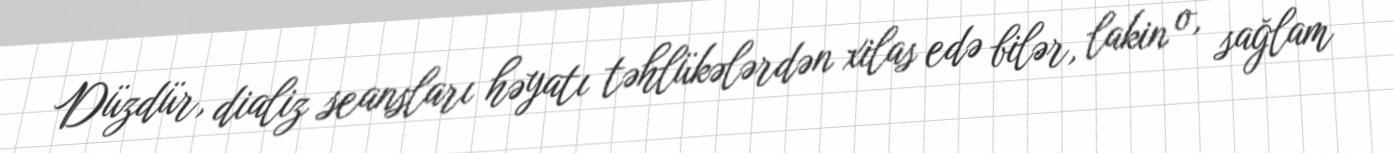
Düzdür, dializ seansları həyatı təhlükələrdən xilas edə bilər, lakin o, sağlam